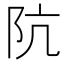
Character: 阬